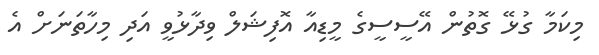
މިކަމާ ގުޅޭ ގޮތުން އޭސީސީގެ މީޑިއާ އޮފިޝަލް ވިދާޅުވީ އަދި މިހާތަނަށް އެ